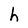
Character: h